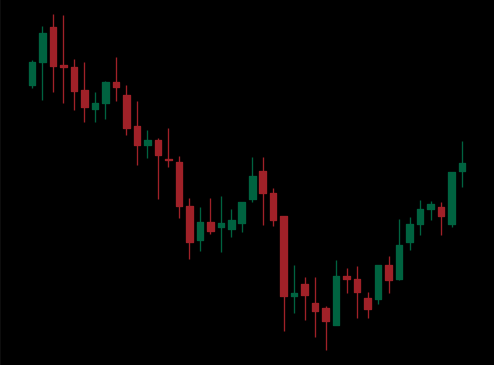
Pattern: bull_flag